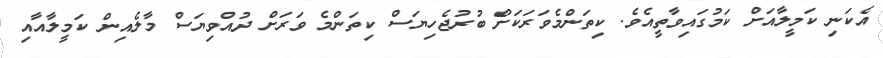
އެކަނި ކަމީލާއަށް ކަމުގައިވާތީއެވެ. ކިތަންމެވަރަކަށް ބުރުޖެހިޔަސް ކިތަންމެ ވަރަށް ދުއްވިޔަސް މާލެއިން ކަމީލާއާއި